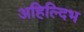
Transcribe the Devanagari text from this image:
अहिल्दिभ